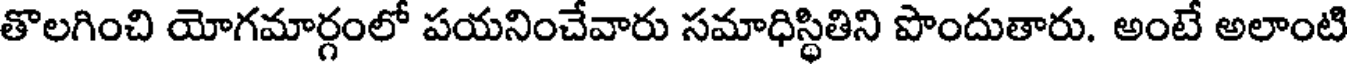
తొలగించి యోగమార్గంలో పయనించేవారు సమాధిస్థితిని పొందుతారు. అంటే అలాంటి